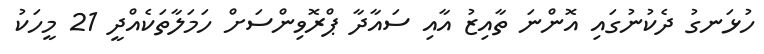
ހުޅަނގު ދެކުނުގައި އޮންނަ ތާއިޒު އާއި ސައާދާ ޕްރޮވިންސަށް ހަމަލާތަކެއްދީ 21 މީހަކު